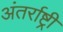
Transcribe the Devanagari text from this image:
अंतर्राष्ट्री